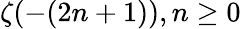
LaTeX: \zeta(-(2n+1)),n\geq 0